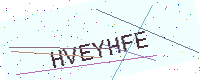
Text: HVEYHFE